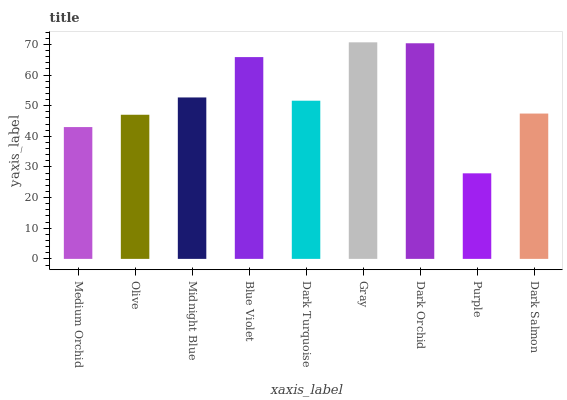
| xaxis_label | bars |
 | --- | --- |
 | Medium Orchid | 43 |
 | Olive | 47 |
 | Midnight Blue | 52.7 |
 | Blue Violet | 65.9 |
 | Dark Turquoise | 51.6 |
 | Gray | 70.7 |
 | Dark Orchid | 70.4 |
 | Purple | 27.9 |
 | Dark Salmon | 47.4 |